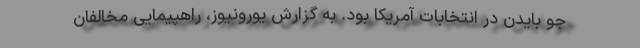
جو بایدن در انتخابات آمریکا بود. به گزارش یورونیوز، راهپیمایی مخالفان